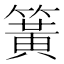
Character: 簧